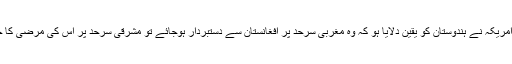
کہیں ایسا تو نہیں کہ امریکہ نے ہندوستان کو یقین دلایا ہو کہ وہ مغربی سرحد پر افغانستان سے دستبردار ہوجائے تو مشرقی سرحد پر اس کی مرضی کا حل نکال دیا جائے گا۔